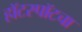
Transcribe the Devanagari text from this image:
हॉटस्पॉटचा